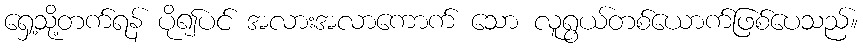
ရှေ့သို့တက်ရန် ပို၍ပင် အလားအလာကောက် သော လူရွယ်တစ်ယောက်ဖြစ်ပေသည်။